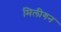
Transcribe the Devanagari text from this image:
मिलीगन